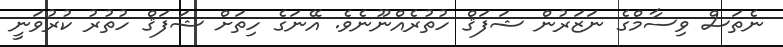
ނެތަސް ވިސާމްގެ ނަޒަރުން ޝަފަޤް ހުތުރެއްނޫނެވެ. އޭނަގެ ހިތަށް ޝަފަޤް ހުތުރު ކުރުވަނީ